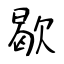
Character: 歇